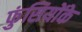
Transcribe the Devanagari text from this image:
फुंसियोंके